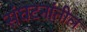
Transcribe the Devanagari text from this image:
संघटनांतील